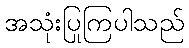
အသုံးပြုကြပါသည်